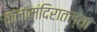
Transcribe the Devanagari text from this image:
कलामंदिरातल्या